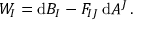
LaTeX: { \cal W } _ { I } = \mathrm { d } B _ { I } - F _ { I J } \, \mathrm { d } A ^ { J } \, .